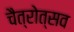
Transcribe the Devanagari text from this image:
चैत्रोत्सव